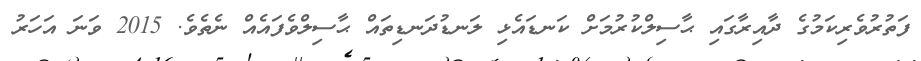
ފަތުރުވެރިކަމުގެ ދާއިރާގައި ޙާސިލްކުރުމަށް ކަނޑައެޅި ލަނޑުދަނޑިތައް ޙާސިލްވެފައެެއް ނެތެވެ. 2015 ވަނަ އަހަރު